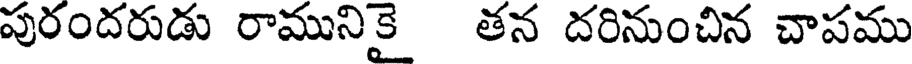
పురందరుడు రామునికై తన దరినుంచిన చాపము